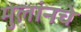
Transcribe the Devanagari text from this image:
मुलांनचे